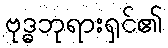
ဗုဒ္ဓဘုရားရှင်၏